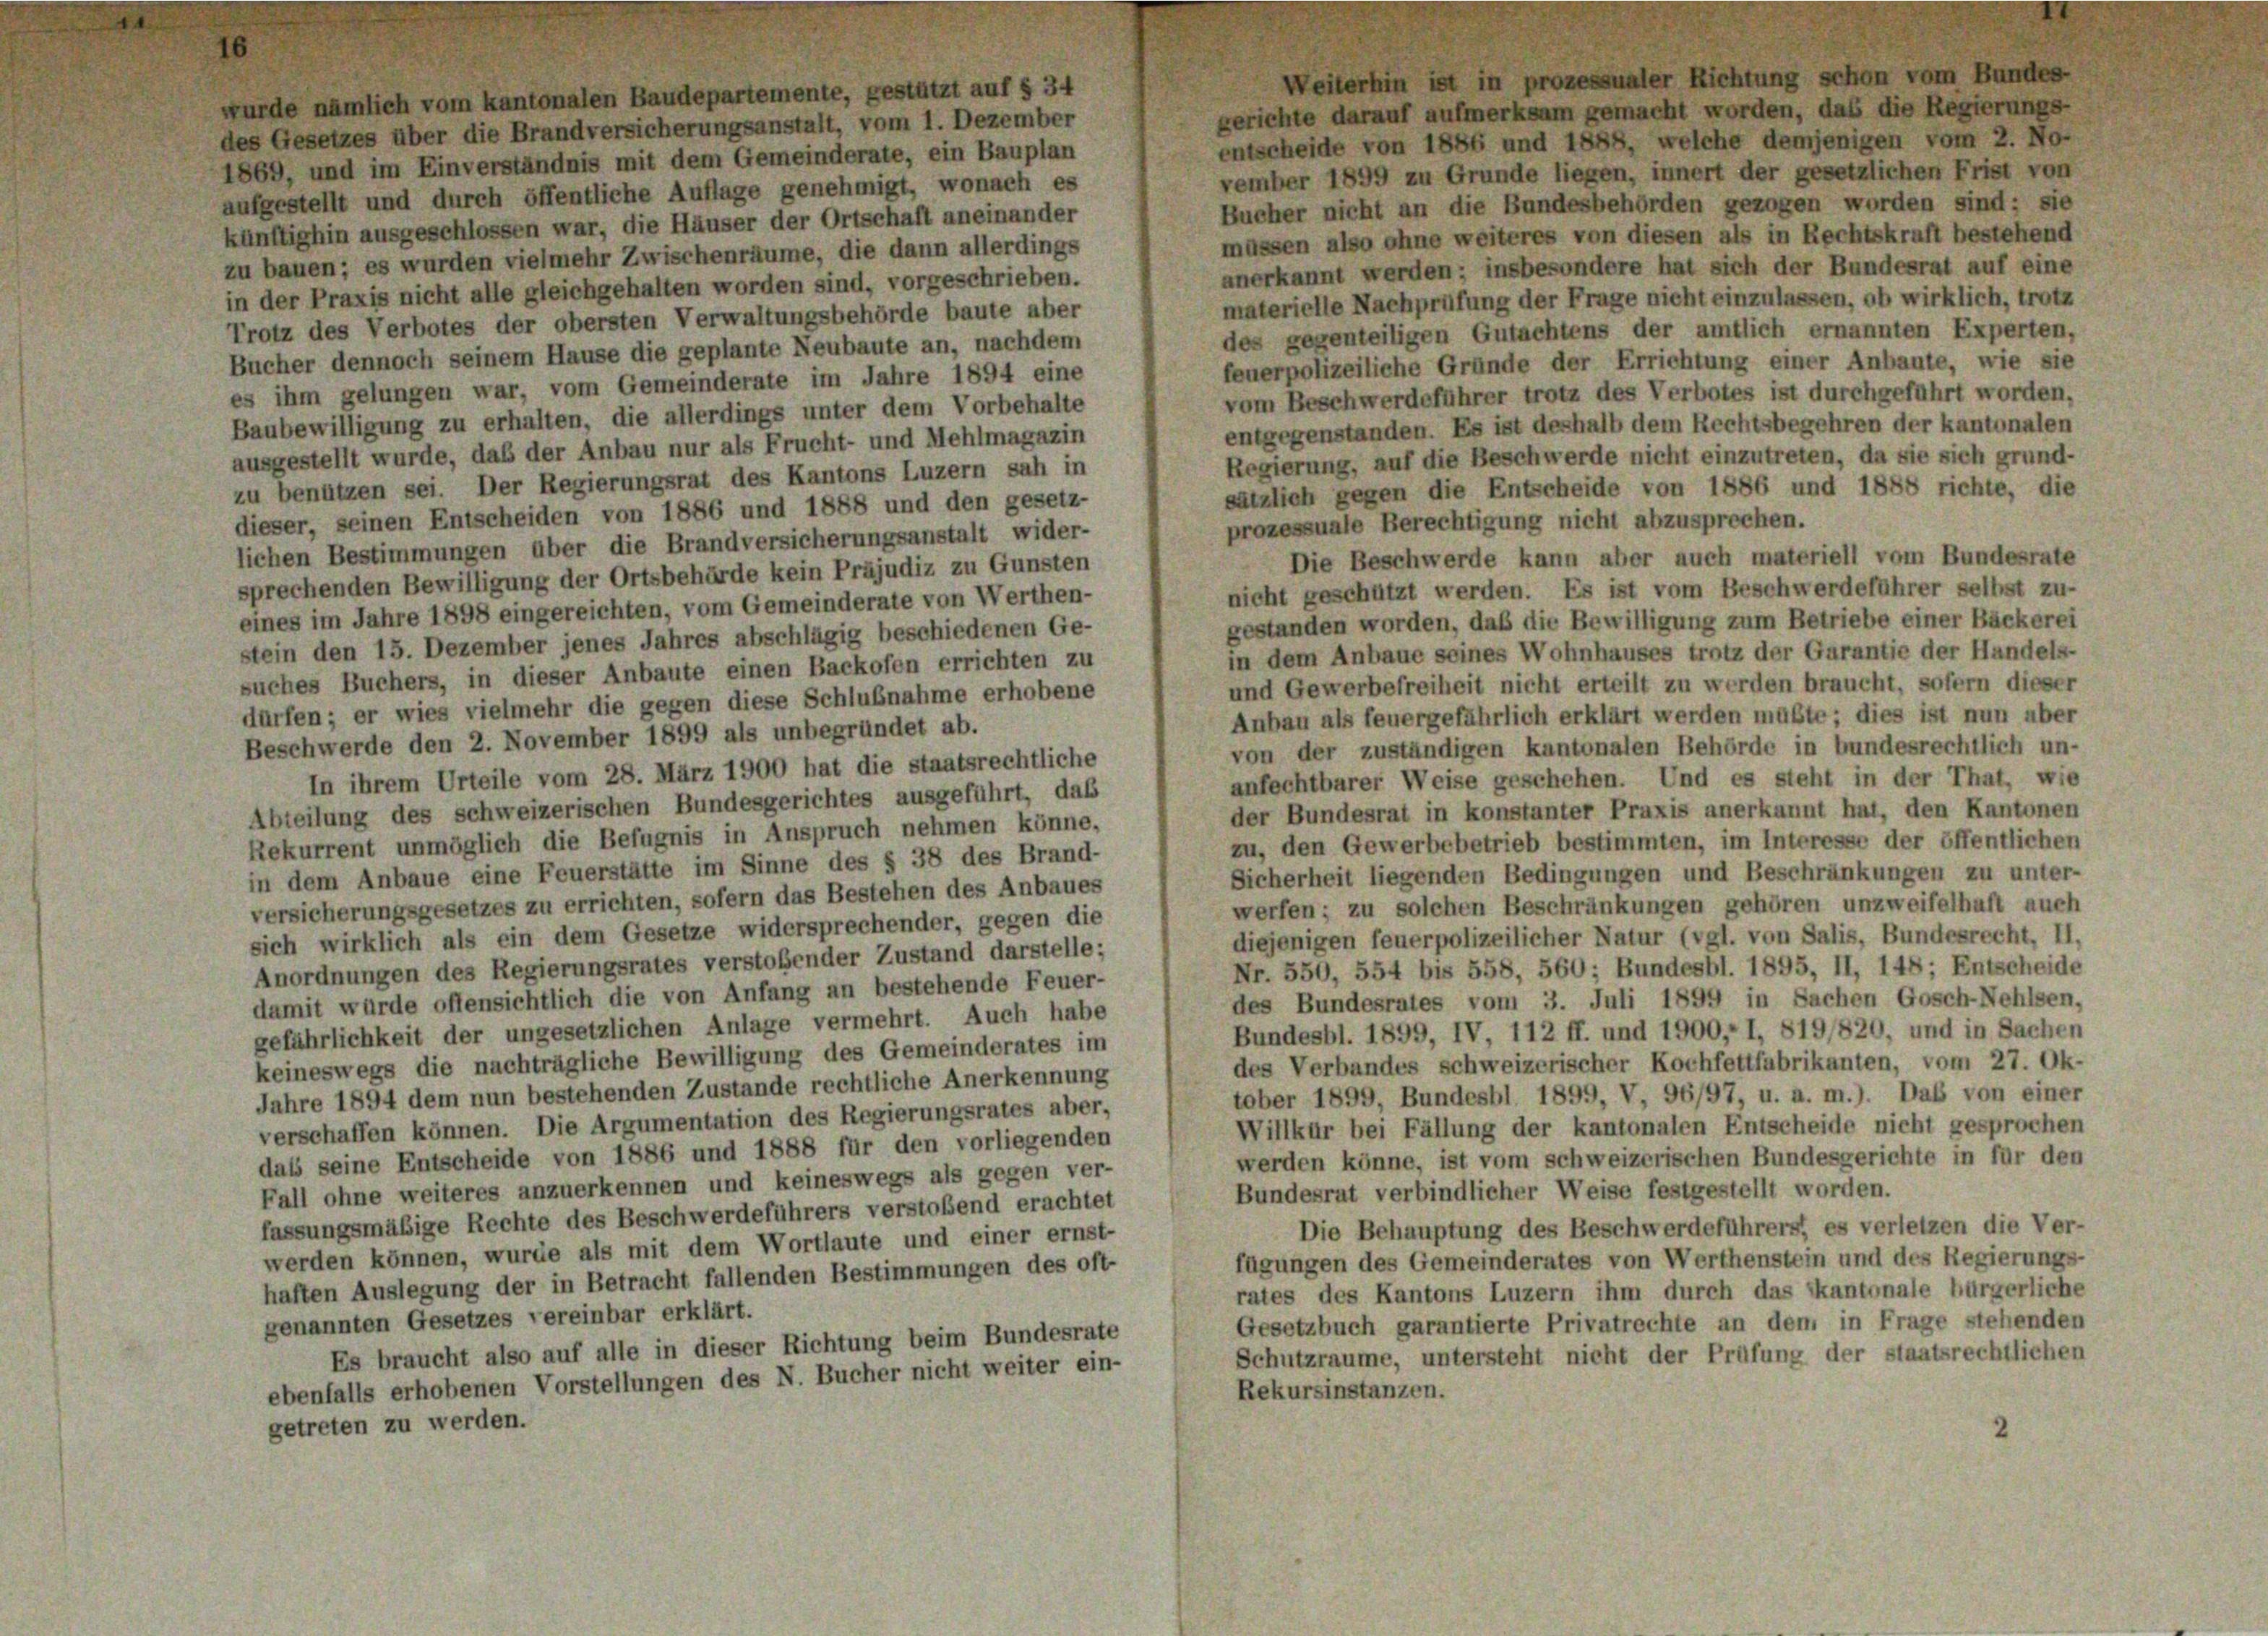
wurde nämlich vom kantonalen Baudepartemente, gestützt auf § 34
gerichte darauf aufmerksam gemacht worden, das die Regierungs-
des Gesetzes über die Brandversicherungsanstalt, vom 1. Dezember
entscheide von 1886 und 1888, welche demjenigen vom 2. No-
1869, und im Einverständnis mit dem Gemeinderate, ein Bauplan
vember 1899 zu Grunde liegen, innert der gesetzlichen Frist von
aufgestellt und durch öffentliche Auflage genehmigt, wonach es
Bucher nicht an die Bundesbehörden gezogen worden sind; sie
künftighin ausgeschlossen war, die Häuser der Ortschaft aneinander
müssen also ohne weiteres von diesen als in Rechtskraft bestehend
zu bauen; es wurden vielmehr Zwischenräume, die dann allerdings
anerkannt werden; insbesondere hat sich der Bundesrat auf eine
in der Praxis nicht alle gleichgehalten worden sind, vorgeschrieben.
materielle Nachprüfung der Frage nicht einzulassen, ob wirklich, trotz
Trotz des Verbotes der obersten Verwaltungsbehörde baute aber
des gegenteiligen Gutachtens der amtlich ernannten Experten,
Bucher dennoch seinem Hause die geplante Neubaute an, nachdem
feuerpolizeiliche Gründe der Errichtung einer Anbaute, wie sie
es ihm gelungen war, vom Gemeinderate im Jahre 1894 eine
vom Beschwerdeführer trotz des Verbotes ist durchgeführt worden,
Baubewilligung zu erhalten, die allerdings unter dem Vorbehalte
entgegenstanden. Es ist deshalb dem Rechtsbegehren der kantonalen
ausgestellt wurde, daß der Anbau nur als Frucht- und Mehlmagazin
Regierung, auf die Beschwerde nicht einzutreten, da sie sich grund-
zu benützen sei. Der Regierungsrat des Kantons Luzern sah in
sätzlich gegen die Entscheide von 1886 und 1888 richte, die
dieser, seinen Entscheiden von 1886 und 1888 und den gesetz-
prozessuale Berechtigung nicht abzusprechen.
lichen Bestimmungen über die Brandversicherungsanstalt wider-
Die Beschwerde kann aber auch materiell vom Bundesrate
sprechenden Bewilligung der Ortsbehörde kein Präjudiz zu Gunsten
nicht geschützt werden. Es ist vom Beschwerdeführer selbst zu-
eines im Jahre 1898 eingereichten, vom Gemeinderate von Werthen-
gestanden worden, daß die Bewilligung zum Betriebe einer Bäckerei
stein den 15. Dezember jenes Jahres abschlägig beschiedenen Ge-
in dem Anbaue seines Wohnhauses trotz der Garantie der Handels-
suches Buchers, in dieser Anbaute einen Backofen errichten zu
und Gewerbefreiheit nicht erteilt zu werden braucht, sofern dieser
dürfen; er wies vielmehr die gegen diese Schlußnahme erhobene
Anbau als feuergefährlich erklärt werden müßte; dies ist nun aber
Beschwerde den 2. November 1899 als unbegründet ab.
von der zuständigen kantonalen Behörde in bundesrechtlich un-
In ihrem Urteile vom 28. März 1900 hat die staatsrechtliche
anfechtbarer Weise geschehen. Und es steht in der That, wie
Abteilung des schweizerischen Bundesgerichtes ausgeführt, daß
der Bundesrat in konstanter Praxis anerkannt hat, den Kantonen
Rekurrent unmöglich die Befugnis in Anspruch nehmen könne,
zu, den Gewerbebetrieb bestimmten, im Interesse der öffentlichen
in dem Anbaue eine Feuerstätte im Sinne des § 38 des Brand-
Sicherheit liegenden Bedingungen und Beschränkungen zu unter-
versicherungsgesetzes zu errichten, sofern das Bestehen des Anbaues
werfen; zu solchen Beschränkungen gehören unzweifelhaft auch
sich wirklich als ein dem Gesetze widersprechender, gegen die
diejenigen feuerpolizeilicher Natur (vgl. von Salis, Bundesrecht, II,
Anordnungen des Regierungsrates verstoßender Zustand darstelle;
Nr. 550, 554 bis 558, 560; Bundesbl. 1895, II, 148; Entscheide
damit würde offensichtlich die von Anfang an bestehende Feuer-
des Bundesrates vom 3. Juli 1899 in Sachen Gosch-Nehlsen,
gefährlichkeit der ungesetzlichen Anlage vermehrt. Auch habe
Bundesbl. 1899, IV, 112 ff. und 1900, I, 819/820, und in Sachen
keineswegs die nachträgliche Bewilligung des Gemeinderates im
des Verbandes schweizerischer Kochfettfabrikanten, vom 27. Ok-
Jahre 1894 dem nun bestehenden Zustande rechtliche Anerkennung
tober 1899, Bundesbl 1899, V, 96/97, u. a. m.). Das von einer
verschaffen können. Die Argumentation des Regierungsrates aber,
Willkür bei Fällung der kantonalen Entscheide nicht gesprochen
das seine Entscheide von 1886 und 1888 für den vorliegenden
werden könne, ist vom schweizerischen Bundesgerichte in für den
Fall ohne weiteres anzuerkennen und keineswegs als gegen ver-
Bundesrat verbindlicher Weise festgestellt worden.
fassungsmäßige Rechte des Beschwerdeführers verstoßend erachtet
Die Behauptung des Beschwerdeführers, es verletzen die Ver-
werden können, wurde als mit dem Wortlaute und einer ernst-
fügungen des Gemeinderates von Werthenstein und des Regierungs-
haften Auslegung der in Betracht fallenden Bestimmungen des oft-
rates des Kantons Luzern ihm durch das kantonale bürgerliche
genannten Gesetzes vereinbar erklärt.
Gesetzbuch garantierte Privatrechte an dem in Frage stehenden
Es braucht also auf alle in dieser Richtung beim Bundesrate
Schutzraume, untersteht nicht der Prüfung der staatsrechtlichen
ebenfalls erhobenen Vorstellungen des N. Bucher nicht weiter ein-
Rekursinstanzen.
getreten zu werden.
2